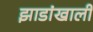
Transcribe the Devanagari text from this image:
झाडांखाली